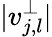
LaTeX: |v_{j,l}^{\perp}|